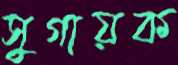
সুগায়ক